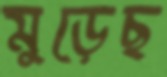
মুড়েছ